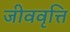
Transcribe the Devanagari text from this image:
जीववृत्ति